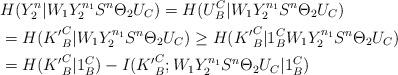
LaTeX: \begin{align*}&H(Y_2^n|W_1Y_2^{n_1}S^n\Theta_2U_C) = H(U_B^C|W_1Y_2^{n_1}S^n\Theta_2U_C)\\&=H({K'}_B^C|W_1Y_2^{n_1}S^n\Theta_2U_C)\geq H({K'}_B^C|1_B^CW_1Y_2^{n_1}S^n\Theta_2U_C)\\&= H({K'}_B^C|1_B^C) - I({K'}_B^C;W_1Y_2^{n_1}S^n\Theta_2U_C|1_B^C)\end{align*}